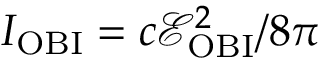
I _ { \mathrm { { O B I } } } = c \mathcal { E } _ { \mathrm { { O B I } } } ^ { 2 } / 8 \pi